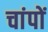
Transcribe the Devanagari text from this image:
चांपों